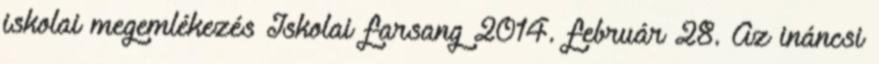
iskolai megemlékezés Iskolai farsang 2014. február 28. Az ináncsi